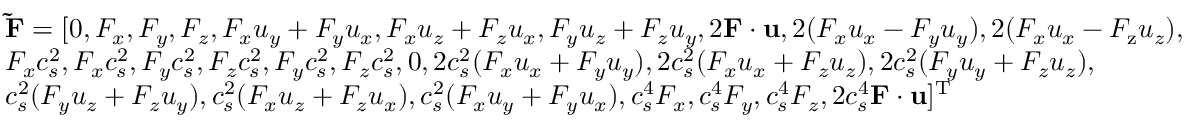
\begin{array} { l } { { \bf { \tilde { F } } } = [ 0 , { F _ { x } } , { F _ { y } } , { F _ { z } } , { F _ { x } } { u _ { y } } + { F _ { y } } { u _ { x } } , { F _ { x } } { u _ { z } } + { F _ { z } } { u _ { x } } , { F _ { y } } { u _ { z } } + { F _ { z } } { u _ { y } } , 2 { \bf { F } } \cdot { \bf { u } } , 2 ( { F _ { x } } { u _ { x } } - { F _ { y } } { u _ { y } } ) , 2 ( { F _ { x } } { u _ { x } } - { F _ { \mathrm { { z } } } } { u _ { z } } ) , } \\ { { F _ { x } } c _ { s } ^ { 2 } , { F _ { x } } c _ { s } ^ { 2 } , { F _ { y } } c _ { s } ^ { 2 } , { F _ { z } } c _ { s } ^ { 2 } , { F _ { y } } c _ { s } ^ { 2 } , { F _ { z } } c _ { s } ^ { 2 } , 0 , 2 c _ { s } ^ { 2 } ( { F _ { x } } { u _ { x } } + { F _ { y } } { u _ { y } } ) , 2 c _ { s } ^ { 2 } ( { F _ { x } } { u _ { x } } + { F _ { z } } { u _ { z } } ) , 2 c _ { s } ^ { 2 } ( { F _ { y } } { u _ { y } } + { F _ { z } } { u _ { z } } ) , } \\ { c _ { s } ^ { 2 } ( { F _ { y } } { u _ { z } } + { F _ { z } } { u _ { y } } ) , c _ { s } ^ { 2 } ( { F _ { x } } { u _ { z } } + { F _ { z } } { u _ { x } } ) , c _ { s } ^ { 2 } ( { F _ { x } } { u _ { y } } + { F _ { y } } { u _ { x } } ) , c _ { s } ^ { 4 } { F _ { x } } , c _ { s } ^ { 4 } { F _ { y } } , c _ { s } ^ { 4 } { F _ { z } } , 2 c _ { s } ^ { 4 } { \bf { F } } \cdot { \bf { u } } { ] ^ { \mathrm { T } } } } \end{array}